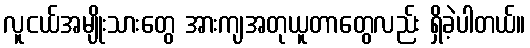
လူငယ်အမျိုးသားတွေ အားကျအတုယူတာတွေလည်း ရှိခဲ့ပါတယ်။